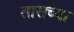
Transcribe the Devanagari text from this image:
तासच्या